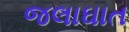
જલાઘાત